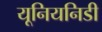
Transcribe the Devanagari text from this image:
यूनियनिडी